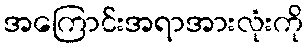
အကြောင်းအရာအားလုံးကို